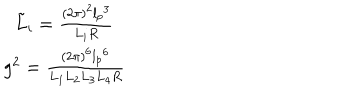
LaTeX: \begin{array} { r c l } { { } } & { { \tilde { L } _ { i } = \frac { ( 2 \pi ) ^ { 2 } { l _ { p } } ^ { 3 } } { L _ { i } R } } } \\ { { } } & { { g ^ { 2 } = \frac { ( 2 \pi ) ^ { 6 } { l _ { p } } ^ { 6 } } { L _ { 1 } L _ { 2 } L _ { 3 } L _ { 4 } R } } } \\ \end{array}